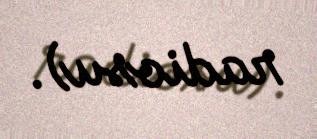
radiosu).